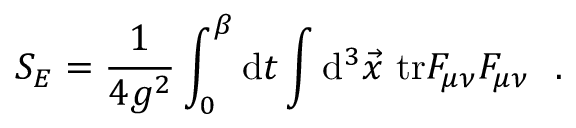
S _ { E } = { \frac { 1 } { 4 g ^ { 2 } } } \int _ { 0 } ^ { \beta } \mathrm { d } t \int \mathrm { d } ^ { 3 } \vec { x } ~ \mathrm { t r } F _ { \mu \nu } F _ { \mu \nu } ~ ~ .